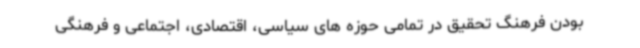
بودن فرهنگ تحقیق در تمامی حوزه های سیاسی، اقتصادی، اجتماعی و فرهنگی